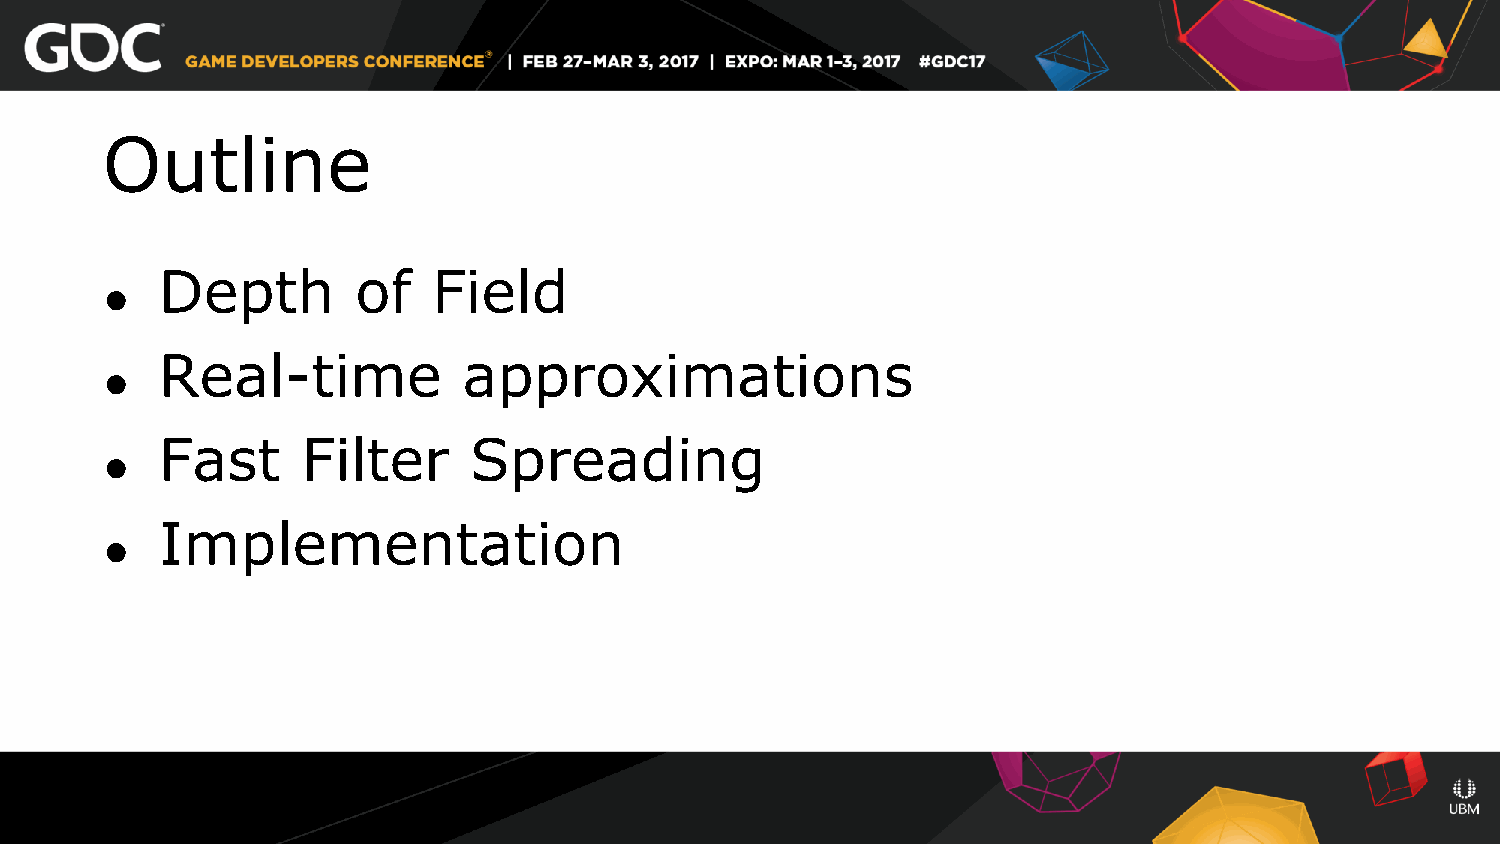
Outline
 Depth        of   Field
 ●
 Real-time           approximations
 ●
 Fast     Filter     Spreading
 ●
 Implementation
 ●